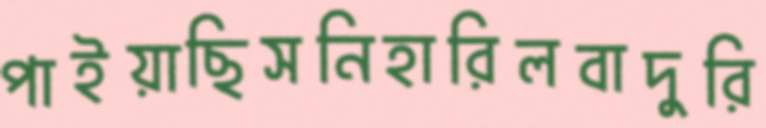
পাইয়াছিসনিহারিলবাদুরি